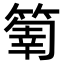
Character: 𥰬